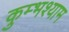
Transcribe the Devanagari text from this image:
कुम्भश्याम